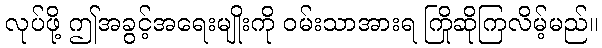
လုပ်ဖို့ ဤအခွင့်အရေးမျိုးကို ဝမ်းသာအားရ ကြိုဆိုကြလိမ့်မည်။